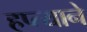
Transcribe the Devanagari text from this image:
हप्त्याने